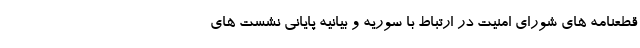
قطعنامه های شورای امنیت در ارتباط با سوریه و بیانیه پایانی نشست های